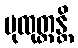
ပုထုတ္တန္တိ